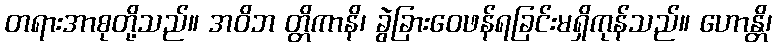
တရားအာစုတို့သည်။ အဝိဘ တ္တိကာနိ၊ ခွဲခြားဝေဖန်ရခြင်းမရှိကုန်သည်။ ဟောန္တိ၊